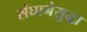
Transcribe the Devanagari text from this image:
संघानेसुद्धा